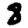
Digit: 8